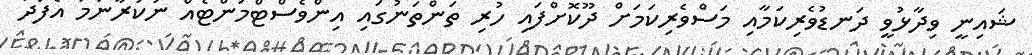
ޝައިނީ ވިދާޅުވީ ދަނޑުވެރިކަމާއި މަސްވެރިކަމަށް ދޫކޮށްފައި ހުރި ތަންތަނުގައި އިންވެސްޓްމަންޓެއް ނުކުރާނަމަ އެފަދަ